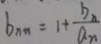
b _ { n + 1 } = 1 + \frac { b _ { n } } { a _ { n } }